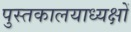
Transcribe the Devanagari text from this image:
पुस्तकालयाध्यक्षों